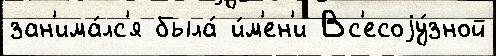
зан'има́лс'я была́ и́м'ен'и Вс'есоjу́зной